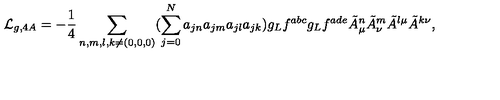
{ \cal L } _ { g , 4 A } = - \frac { 1 } { 4 } \sum _ { n , m , l , k \neq ( 0 , 0 , 0 ) } ( \sum _ { j = 0 } ^ { N } a _ { j n } a _ { j m } a _ { j l } a _ { j k } ) g _ { L } f ^ { a b c } g _ { L } f ^ { a d e } \tilde { A } _ { \mu } ^ { n } \tilde { A } _ { \nu } ^ { m } \tilde { A } ^ { l \mu } \tilde { A } ^ { k \nu } ,